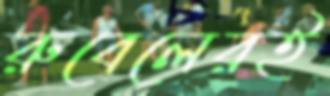
রুবেলেরই